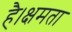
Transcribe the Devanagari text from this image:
है।क्षमता